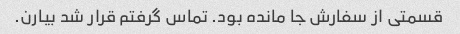
قسمتی از سفارش جا مانده بود. تماس گرفتم قرار شد بیارن.